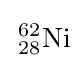
\,{}_{28}^{62}\mathrm {Ni}